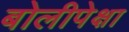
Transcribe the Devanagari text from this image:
बोलीपेक्षा